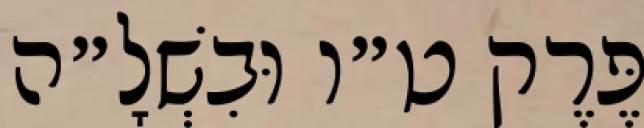
פֶּרֶק ט״ו וּבִשְׁלָ״ה